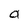
Character: a